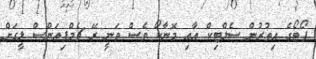
ޕޯޓޯގެ އިތުރުން ސެލްޓިކް އާއި މޮނާކޯ ވެސް ވަނީ ރޭ ޗެމްޕިއަންސް ލީގަށް